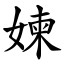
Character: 媡